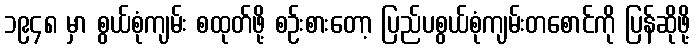
၁၉၄၈ မှာ စွယ်စုံကျမ်း စထုတ်ဖို့ စဉ်းစားတော့ ပြည်ပစွယ်စုံကျမ်းတစောင်ကို ပြန်ဆိုဖို့